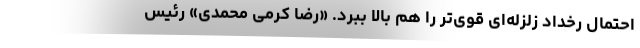
احتمال رخداد زلزله‌ای قوی‌تر را هم بالا ببرد. «رضا کرمی محمدی» رئیس